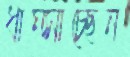
ধাম্‌সাচ্ছেন